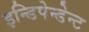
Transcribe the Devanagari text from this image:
इन्डिपेन्डेन्ट